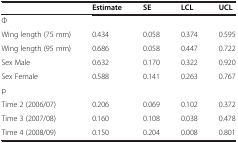
|  | Estimate | SE | LCL | UCL |
 | --- | --- | --- | --- | --- |
 | Φ |  |  |  |  |
 | Wing length (75 mm) | 0.434 | 0.058 | 0.374 | 0.595 |
 | Wing length (95 mm) | 0.686 | 0.058 | 0.447 | 0.722 |
 | Sex Male | 0.632 | 0.170 | 0.322 | 0.920 |
 | Sex Female | 0.588 | 0.141 | 0.263 | 0.767 |
 | p |  |  |  |  |
 | Time 2 (2006/07) | 0.206 | 0.069 | 0.102 | 0.372 |
 | Time 3 (2007/08) | 0.160 | 0.108 | 0.038 | 0.478 |
 | Time 4 (2008/09) | 0.150 | 0.204 | 0.008 | 0.801 |